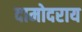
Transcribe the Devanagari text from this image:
दामोदराय